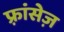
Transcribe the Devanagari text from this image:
फ़्रांसेज़